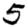
Digit: 5